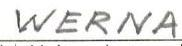
WERNA